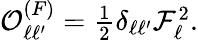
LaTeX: \begin{array}{r}{\mathcal{O}_{\ell\ell^{\prime}}^{(F)}=\frac{1}{2}\delta_{\ell\ell^{\prime}}\mathcal{F}_{\ell}^{2}.}\end{array}